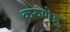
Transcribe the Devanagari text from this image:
करुणेइ